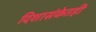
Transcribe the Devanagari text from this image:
दिशासंकेतही